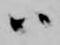
ハ